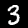
Digit: 3